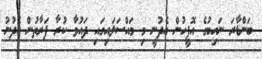
ބަންޑާރަ ނައިބުގެ އޮފީހުން އެދުނީ މި މައްސަލައިގައި ދައުވާ ކުރާ ފަރާތުން އެދުނު